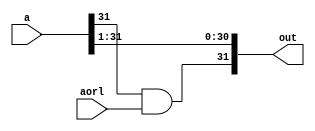
module rightshiftn (input [31:0]a, input aorl, output [31:0]out);

parameter n = 1;
genvar i;
genvar j;

    for (i = 0; i + n < 32; i = i + 1) begin
        assign out[i] = a[i+n];
        for (j = 0; j < n; j = j + 1) begin
            and(out[31-j], a[31], aorl);
        end
    end
endmodule